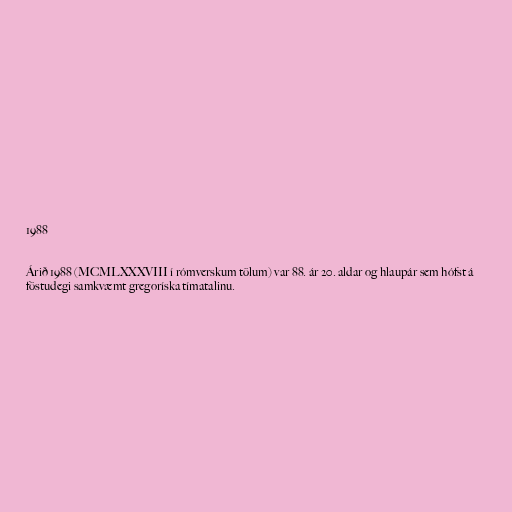
1988

Árið 1988 (MCMLXXXVIII í rómverskum tölum) var 88. ár 20. aldar og hlaupár sem hófst á
föstudegi samkvæmt gregoríska tímatalinu.